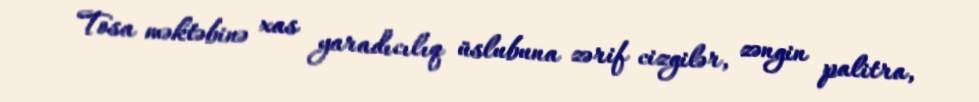
Tosa məktəbinə xas yaradıcılıq üslubuna zərif cizgilər, zəngin palitra,